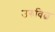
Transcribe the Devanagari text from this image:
उरुविल्व